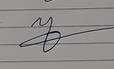
Signature authenticity: forged